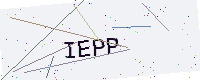
Text: IEPP